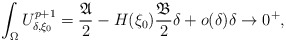
\begin{align*}\int_{\Omega} U_{\delta,\xi_0}^{p+1}=\frac{\mathfrak{A}}{2}-H(\xi_0)\frac{\mathfrak{B}}{2}\delta +o(\delta)\delta\to 0^+,\end{align*}